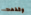
وقدمت